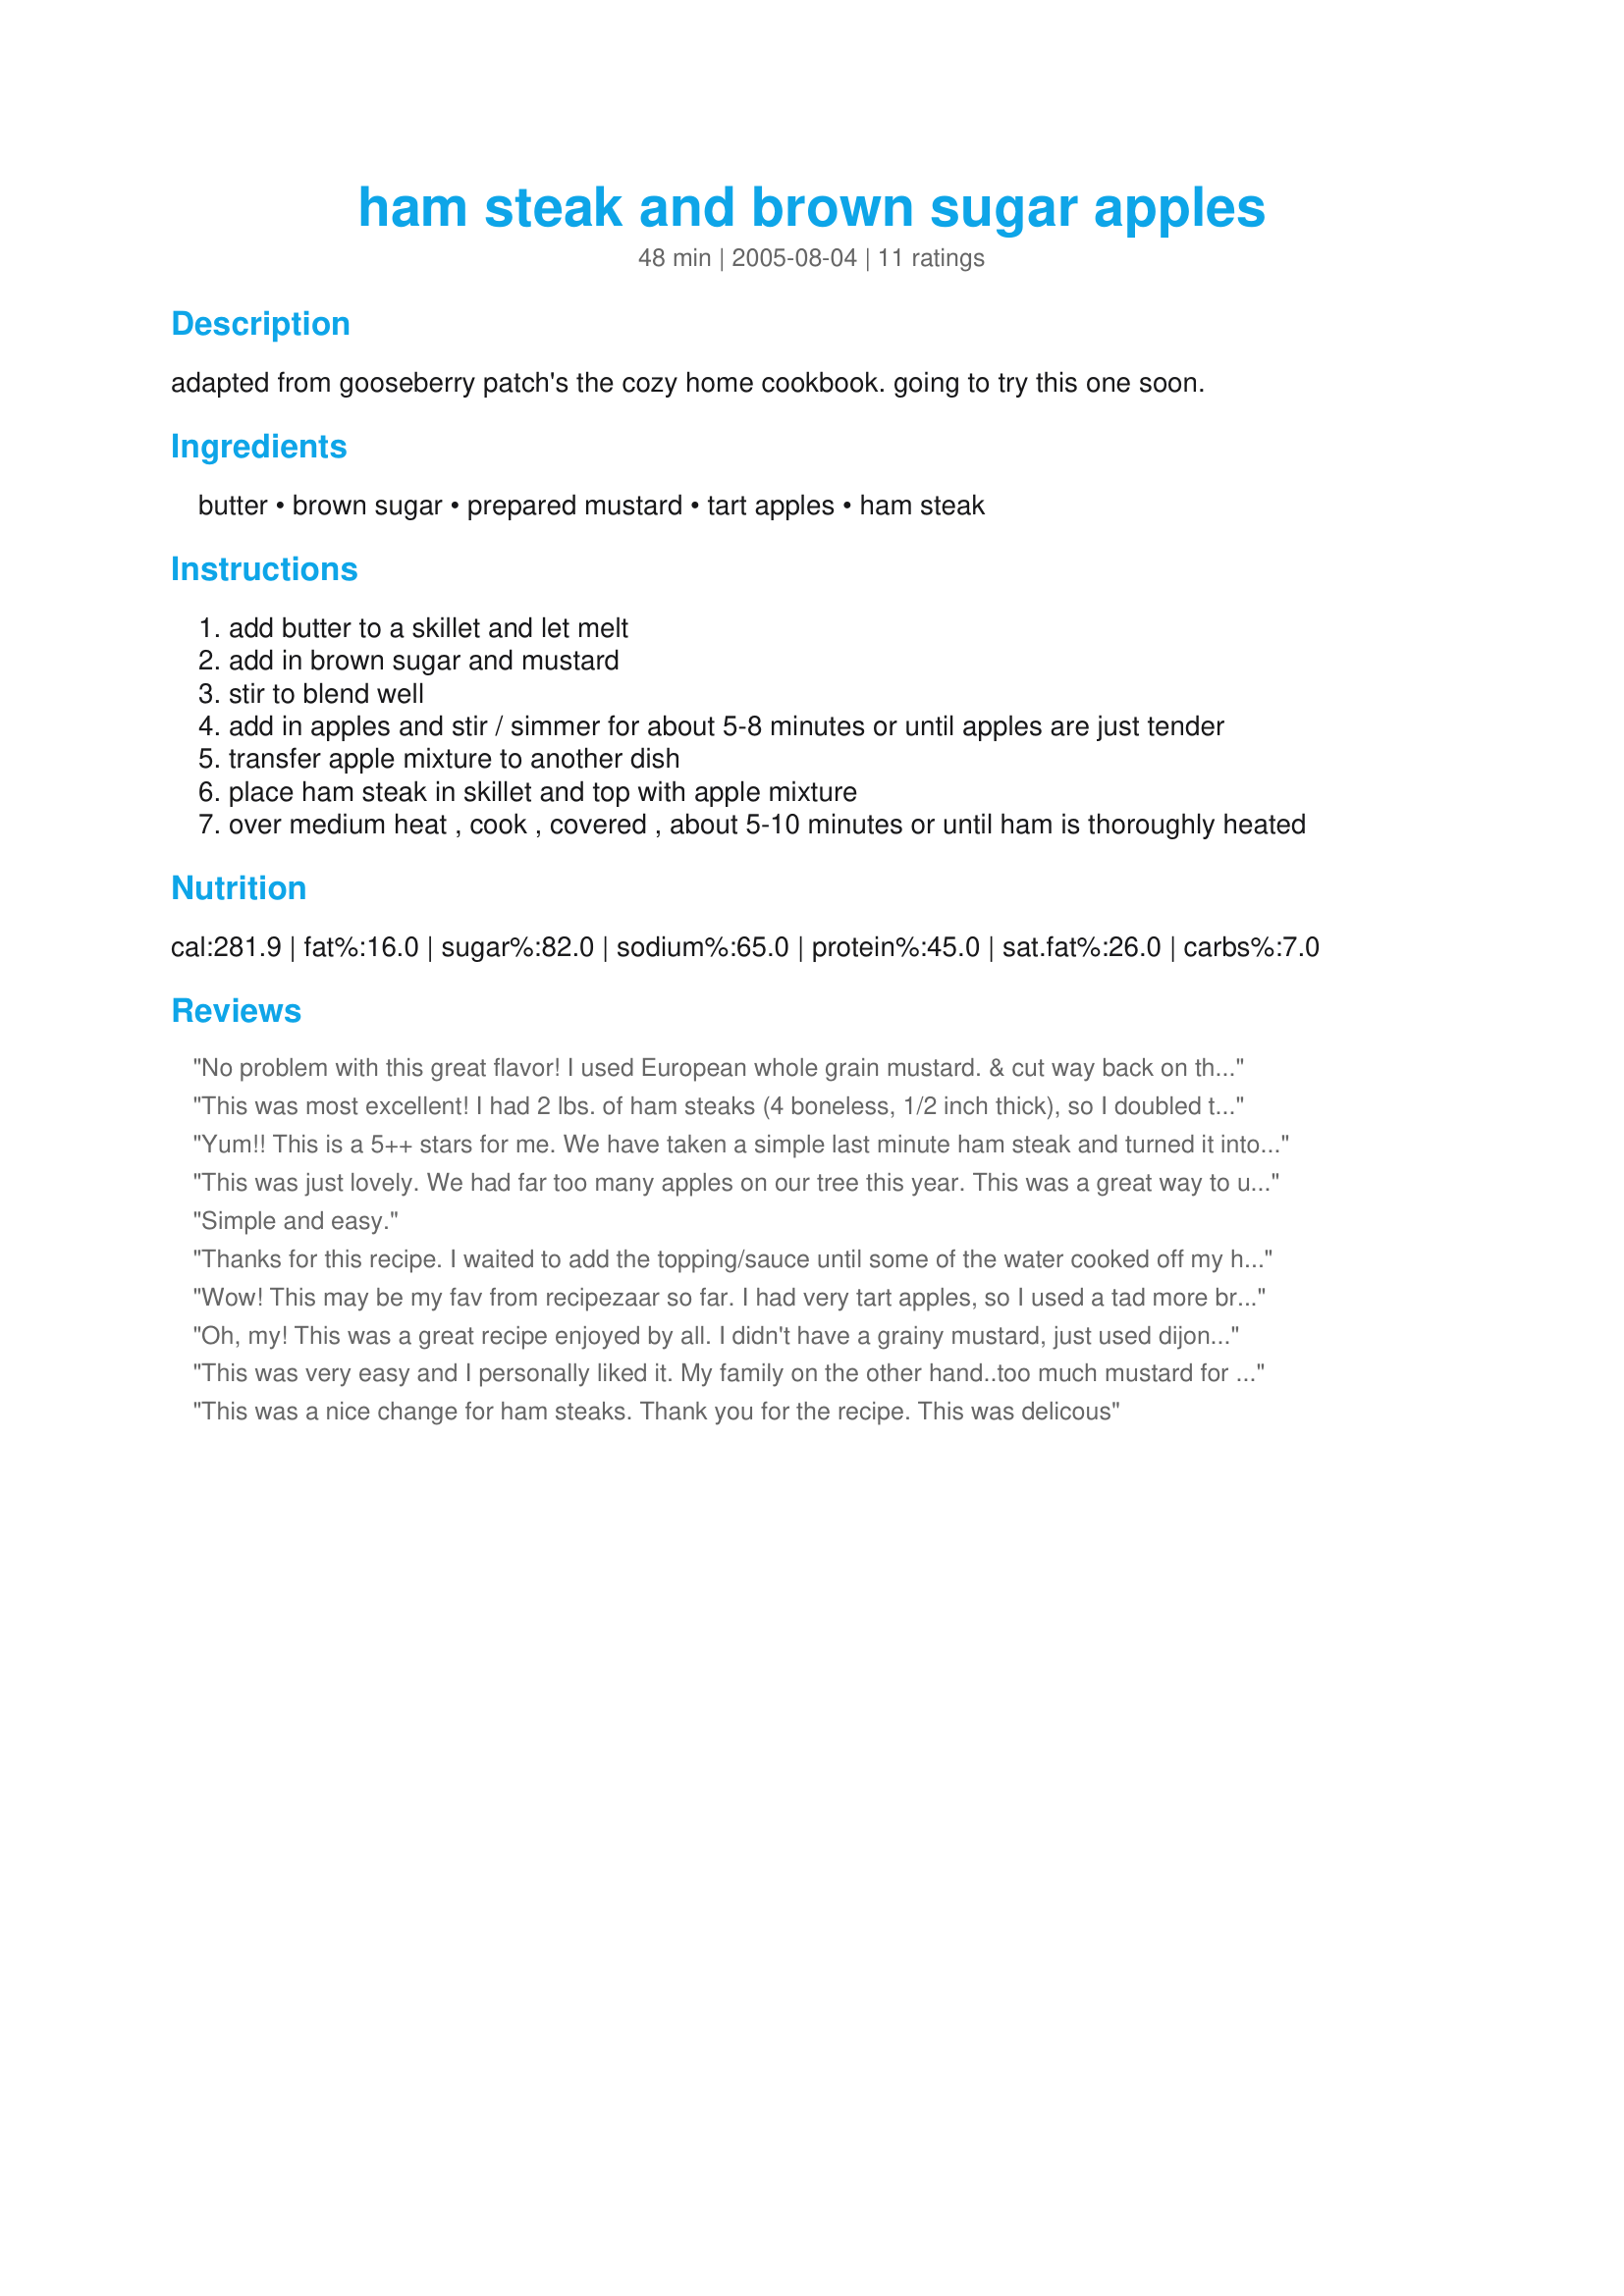
ham steak and brown sugar apples
Preparation time: 48 minutes

adapted from gooseberry patch's the cozy home cookbook. going to try this one soon.

Ingredients:
butter, brown sugar, prepared mustard, tart apples, ham steak

Steps:
add butter to a skillet and let melt
add in brown sugar and mustard
stir to blend well
add in apples and stir / simmer for about 5-8 minutes or until apples are just tender
transfer apple mixture to another dish
place ham steak in skillet and top with apple mixture
over medium heat , cook , covered , about 5-10 minutes or until ham is thoroughly heated

Reviews:
 No problem with this great flavor! I used European whole grain mustard. & cut way back on the sugar. In fact I used brown sugar substitute. I chopped rathr than slice the apples. NurseDi this recipe was enjoyed and will be enjoyed again
This was most excellent! I had 2 lbs. of ham steaks (4 boneless, 1/2 inch thick), so I doubled the recipe. I had too many to do in the skillet, so I melted the butter in the microwave. Then I added spicy brown mustard, the brown sugar and the apple slices and nuked for two minutes. I poured that over the ham steaks in a baking dish and baked for 20 minutes. Absolutely delicious! The apples really give it a nice flavor. Thanks for sharing :)
Yum!! This is a 5++ stars for me. We have taken a simple last minute ham steak and turned it into 'fit for company'. It is absolutely delicious, easy and quick. I did take heed to the reviews and only used 1 tblsp. of mustard (having a non-mustard eating husband). I know that I would have enjoyed a bit more mustard but it was sensational as it was. We will be having this many more times and thank you so much for posting this recipe.
This was just lovely. We had far too many apples on our tree this year. This was a great way to use them up. The tart apples mixed with the mustard tastes fantastic! i preferred this to the standard glazes for hams. Thanks for the recipe!
Simple and easy.
Thanks for this recipe. I waited to add the topping/sauce until some of the water cooked off my ham steak. Mine gave off a lot of water, so I'm glad I waited. I used only 1 tbsp of mustard not sure how it would go over with my 7-yr old. I think next time I'll use even less, possibly none. Otherwise, I really liked the apples and pork together.
Wow! This may be my fav from recipezaar so far. I had very tart apples, so I used a tad more brown sugar and grainy mustard. I also chopped the apples into pretty big chunks. SO GOOD! My whole family loved it including the picky 4 year old. By the way...it took me about 20 minutes to put it on the table...such a quick dish! I will be pulling this one out often.
Oh, my! This was a great recipe enjoyed by all. I didn't have a grainy mustard, just used dijon and it was still great. I am definitely going to try it with a grainy mustard. It was fast and perfect for a weeknight. It will be a go-to meal for sure. Thanks.
This was very easy and I personally liked it. My family on the other hand..too much mustard for them. Next time I would reduce that ingredient in half or switch to a milder mustard.
This was a nice change for ham steaks. Thank you for the recipe. This was delicous

I used spicy brown mustard, otherwise followed the recipe as instructed. My family loved this recipe (including my 4 year old daughter who loathes mustard, she didn't even notice ;) The ham was very tender for such a quick, easy & tasty preparation. Thanks for posting!
